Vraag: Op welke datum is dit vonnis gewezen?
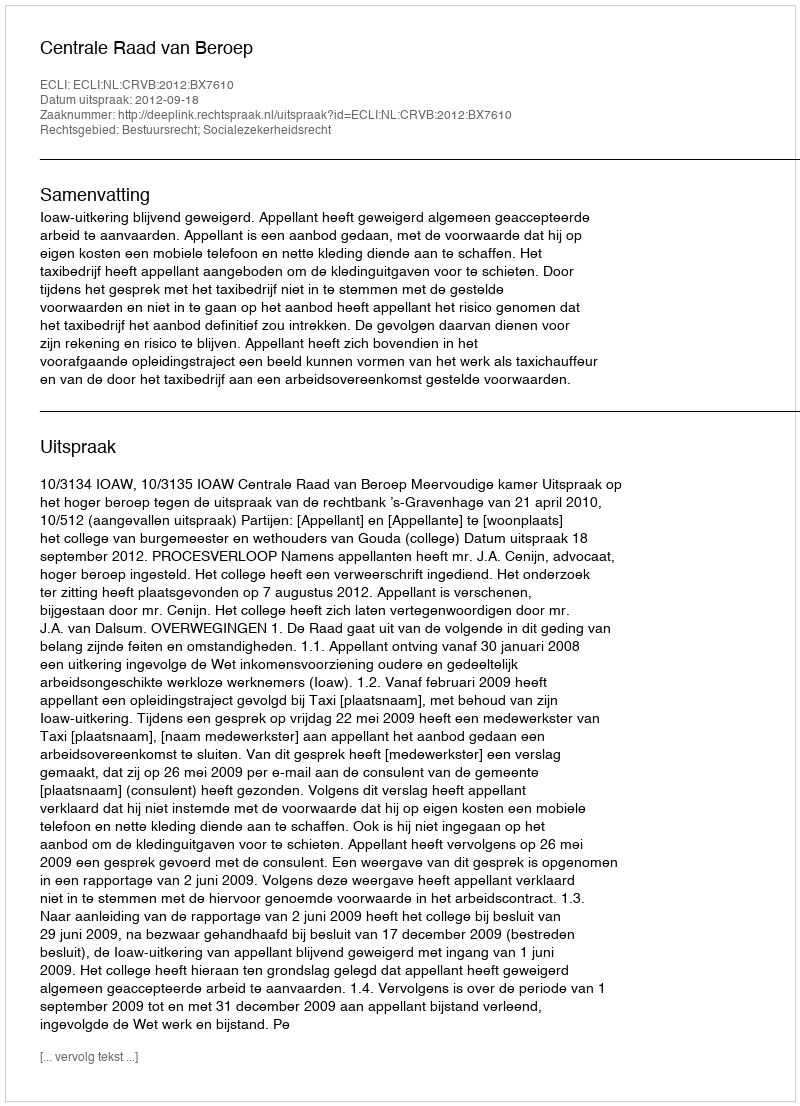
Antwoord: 2012-09-18